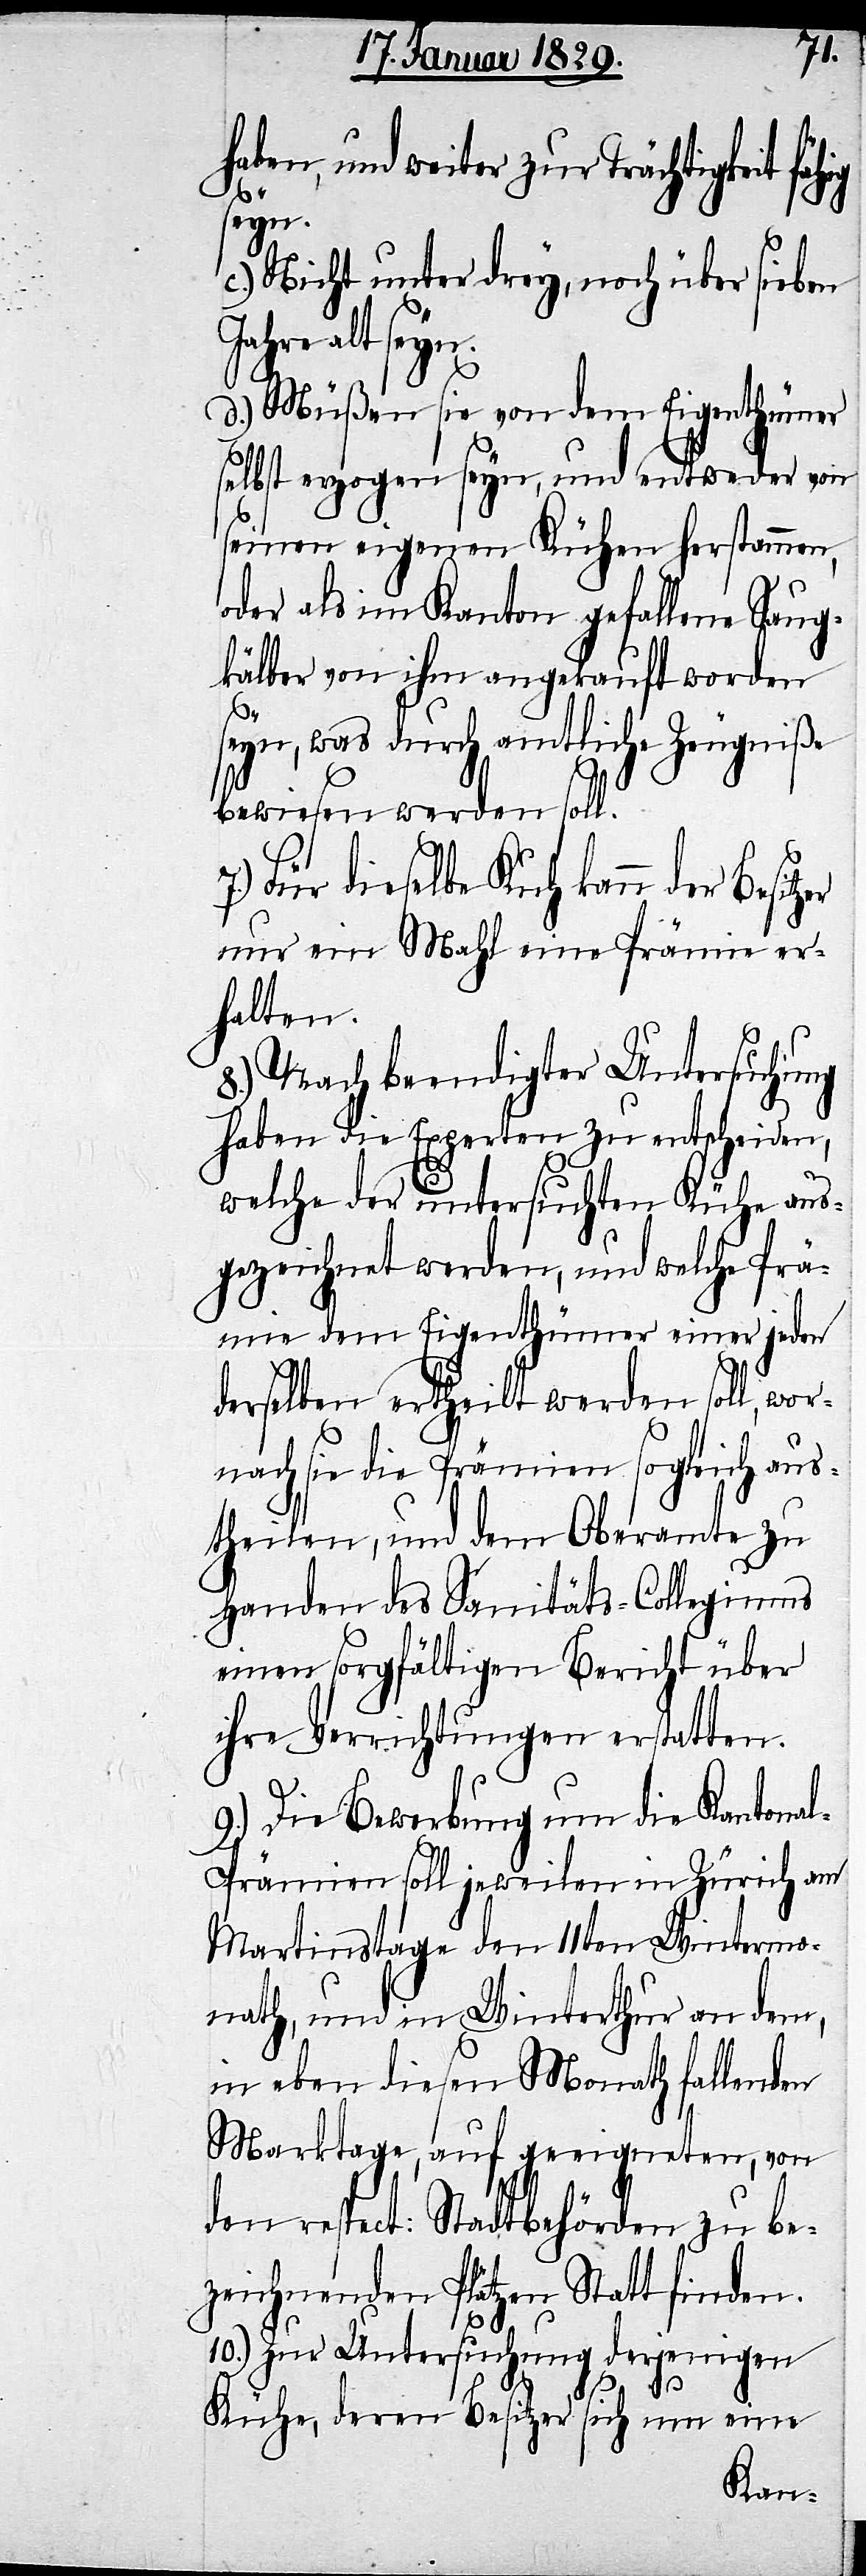
7.)
haben, und weiter zur Trächtigkeit
seyn.
c.) Nicht unter drey, noch über sieben
Jahre alt seyn.
d.) Müßen sie von dem Eigenthümer
selbst erzogen seyn, und entweder von
seinen eigenen Kühen herstammen,
oder als im Kanton gefallene Saug¬
kälber von ihm angekauft worden
zer
seyn, was durch amtliche Zeugniße
bewiesen werden soll.
Für dieselbe Kuh kann der Besit¬
nur ein Mahl eine Prämie er¬
halten.
8.) Nach beendigter Untersuchung
haben die Experten zu entscheiden,
welche der untersuchten Kühe aus¬
gezeichnet werden, und welche Prä¬
mie dem Eigenthümer einer jeden
derselben ertheilt werden soll, wo¬
rnach sie die Prämien sogleich aus¬
theilen, und dem Oberamte zu
Handen des Sanitäts-Collegiums
einen sorgfältigen Bericht über
ihre Verrichtungen erstatten.
9.) Die Bewerbung um die Kantona¬
l-Prämien soll jeweilen in Zürich am
Martinstage den 11ten Wintermo¬
nath, und in Winterthur an dem,
in eben diesen Monath fallenden
Marktage, auf geeigneten, von
den respect: Stadtbehörden zu be¬
zeichnenden Plätzen Statt finden.
10.) Zur Untersuchung derjenigen
Kühe, deren Besitzer sich um eine